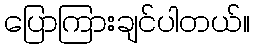
ပြောကြားချင်ပါတယ်။